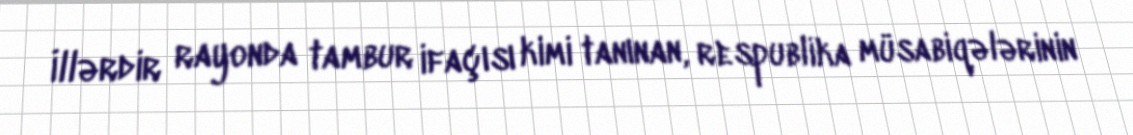
İllərdir rayonda tambur ifaçısı kimi tanınan, respublika müsabiqələrinin